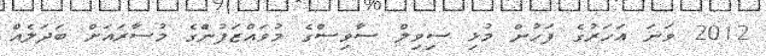
2012 ވަނަ އަހަރުގެ ފަހުން މުޅި ސިވިލް ސާވިސްގެ މުވައްޒަފުންެގެ މުސާރައަށް ބަދަލެއް